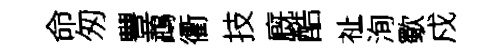
命匆豐鵡衢技廐酷祉洵歜戍